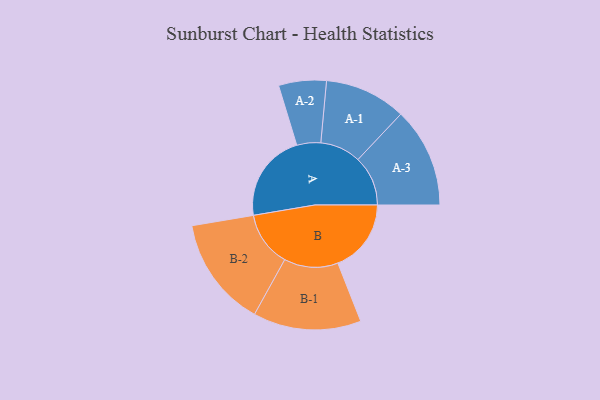
{"axis": {"x": "Segment", "y": "Value"}, "legend": ["", "A", "B"], "data": [{"x": "A", "y": 393, "type": ""}, {"x": "B", "y": 326, "type": ""}, {"x": "A-1", "y": 181, "type": "A"}, {"x": "A-2", "y": 106, "type": "A"}, {"x": "A-3", "y": 222, "type": "A"}, {"x": "B-1", "y": 240, "type": "B"}, {"x": "B-2", "y": 245, "type": "B"}]}